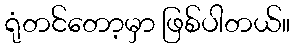
ရုံတင်တော့မှာ ဖြစ်ပါတယ်။